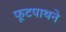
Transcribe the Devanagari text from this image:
फूटपाथने